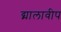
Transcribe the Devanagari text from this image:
द्मालावीप